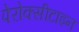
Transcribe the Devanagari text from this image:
पेरोक्सीटाइन